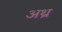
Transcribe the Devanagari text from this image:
अथ्र